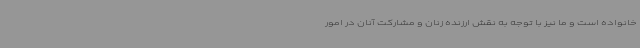
خانواده است و ما نیز با توجه به نقش ارزنده زنان و مشارکت آنان در امور